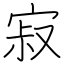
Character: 寂